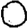
Digit: 0